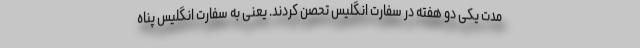
مدت یکی دو هفته در سفارت انگلیس تحصن کردند. یعنی به سفارت انگلیس پناه